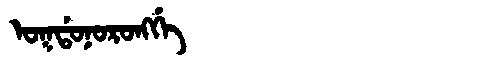
Manchu: ᠣᡴᡩᠣᠨᠣᡵᠣᠩᡤᡝ
Romanization: OKDONORONGGE